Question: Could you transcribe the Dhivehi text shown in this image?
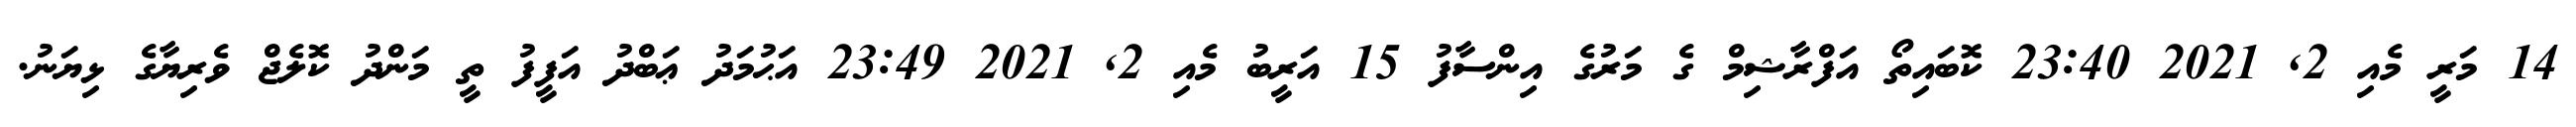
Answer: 14 މަރީ މެއި 2, 2021 23:40 ކޮބައިތޯ އަފްރާޝިމް ގެ މަރުގެ އިންސާފު 15 އަރީބު މެއި 2, 2021 23:49 އަޙުމަދު ޢަބްދު އަފީފު ތީ މަންދު ކޮލެޖް ވެރިޔާގެ ޅިޔަނު.